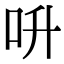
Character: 呏